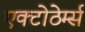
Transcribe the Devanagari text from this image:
एक्टोठेर्म्स